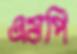
এমপি